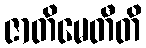
ဇာတိမေတီတိ